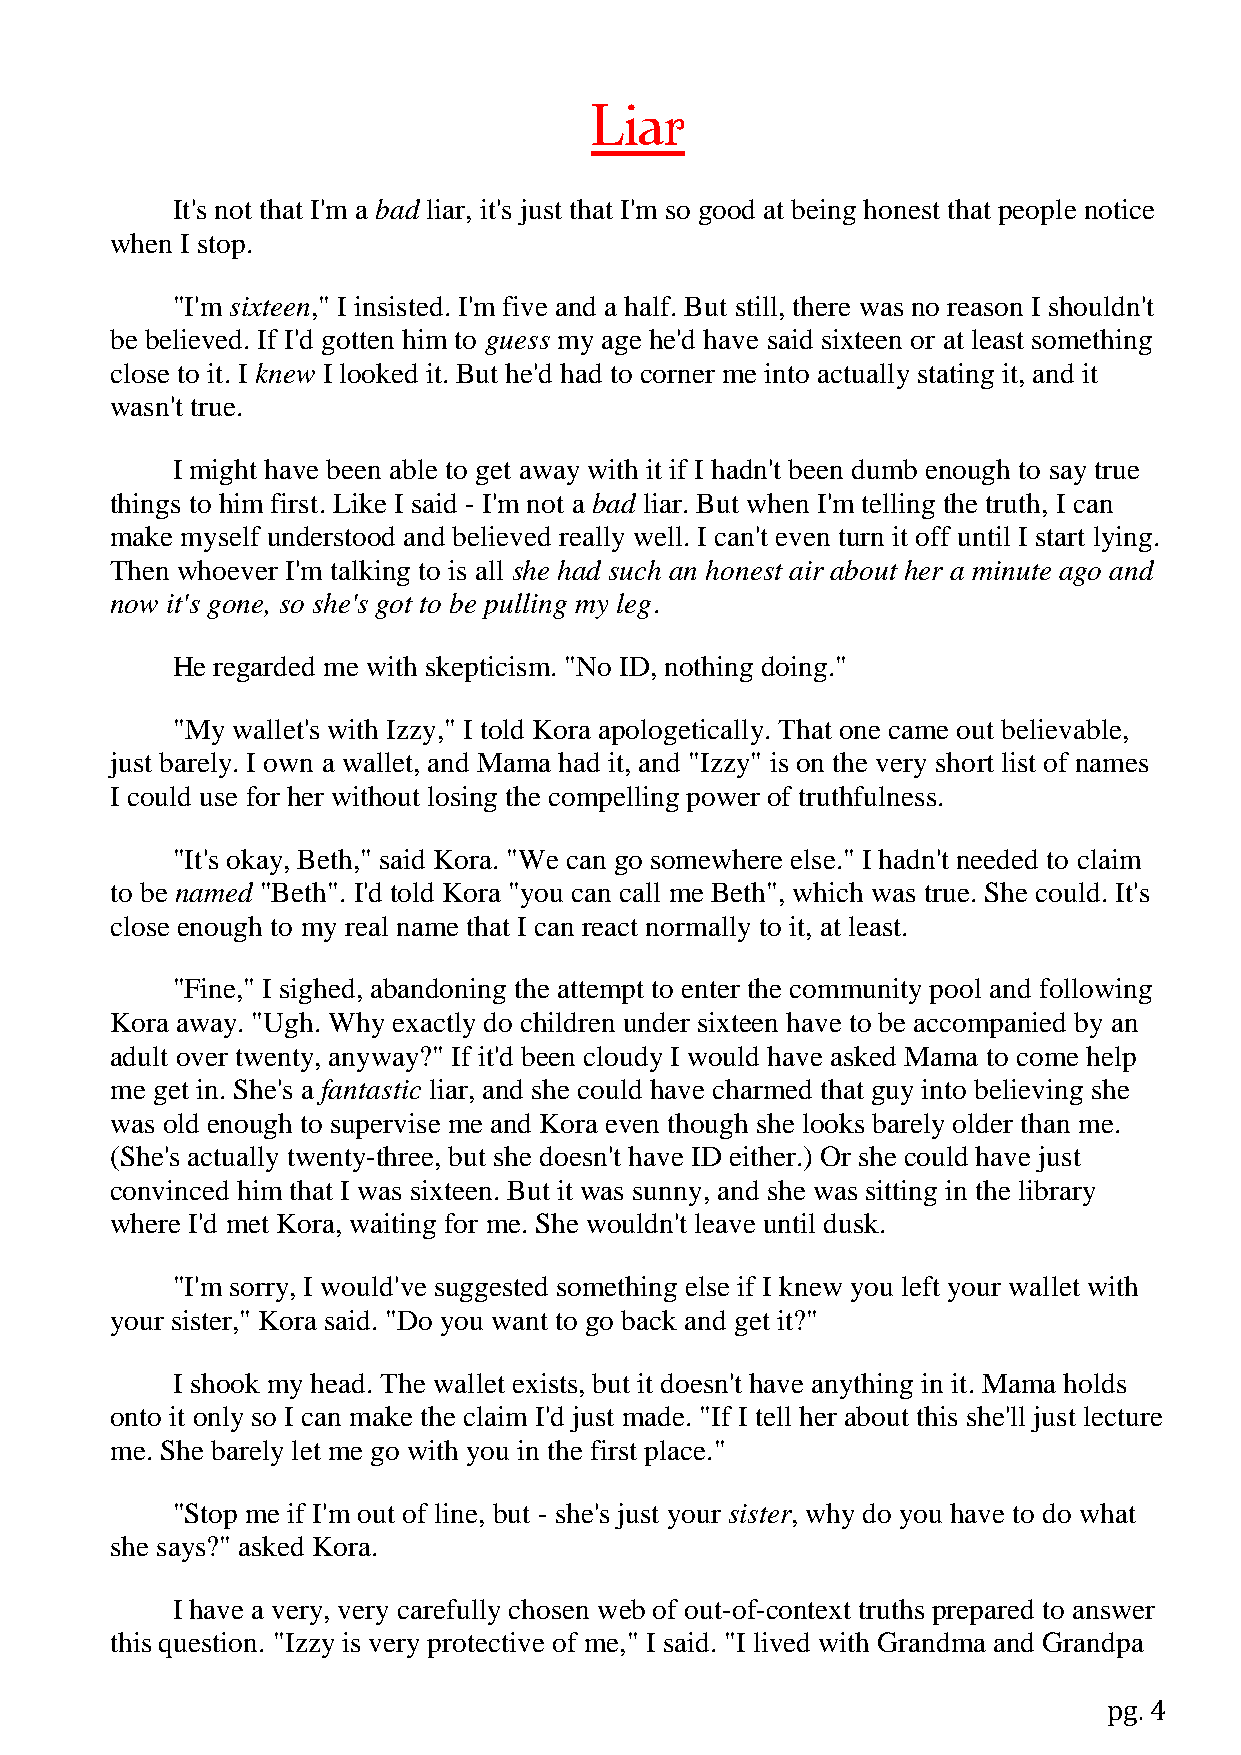
Liar
 It's not that I'm a bad liar, it's just that I'm so good at being honest that people notice
 when I stop.
 "I'm sixteen," I insisted. I'm five and a half. But still, there was no reason I shouldn't
 be believed. If I'd gotten him to guess my age he'd have said sixteen or at least something
 close to it. I knew I looked it. But he'd had to corner me into actually stating it, and it
 wasn't true.
 I might have been able to get away with it if I hadn't been dumb enough to say true
 things to him first. Like I said - I'm not a bad liar. But when I'm telling the truth, I can
 make myself understood and believed really well. I can't even turn it off until I start lying.
 Then whoever I'm talking to is all she had such an honest air about her a minute ago and
 now it's gone, so she's got to be pulling my leg.
 He regarded me with skepticism. "No ID, nothing doing."
 "My wallet's with Izzy," I told Kora apologetically. That one came out believable,
 just barely. I own a wallet, and Mama had it, and "Izzy" is on the very short list of names
 I could use for her without losing the compelling power of truthfulness.
 "It's okay, Beth," said Kora. "We can go somewhere else." I hadn't needed to claim
 to be named "Beth". I'd told Kora "you can call me Beth", which was true. She could. It's
 close enough to my real name that I can react normally to it, at least.
 "Fine," I sighed, abandoning the attempt to enter the community pool and following
 Kora away. "Ugh. Why exactly do children under sixteen have to be accompanied by an
 adult over twenty, anyway?" If it'd been cloudy I would have asked Mama to come help
 me get in. She's a fantastic liar, and she could have charmed that guy into believing she
 was old enough to supervise me and Kora even though she looks barely older than me.
 (She's actually twenty-three, but she doesn't have ID either.) Or she could have just
 convinced him that I was sixteen. But it was sunny, and she was sitting in the library
 where I'd met Kora, waiting for me. She wouldn't leave until dusk.
 "I'm sorry, I would've suggested something else if I knew you left your wallet with
 your sister," Kora said. "Do you want to go back and get it?"
 I shook my head. The wallet exists, but it doesn't have anything in it. Mama holds
 onto it only so I can make the claim I'd just made. "If I tell her about this she'll just lecture
 me. She barely let me go with you in the first place."
 "Stop me if I'm out of line, but - she's just your sister, why do you have to do what
 she says?" asked Kora.
 I have a very, very carefully chosen web of out-of-context truths prepared to answer
 this question. "Izzy is very protective of me," I said. "I lived with Grandma and Grandpa
 pg. 4